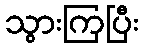
သွားကြပြီး